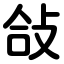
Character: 敆